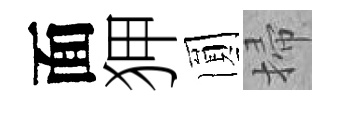
面狎圎掃